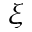
\xi